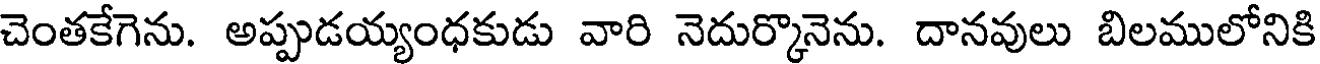
చెంతకేగెను. అప్పుడయ్యంధకుడు వారి నెదుర్కొనెను. దానవులు బిలములోనికి